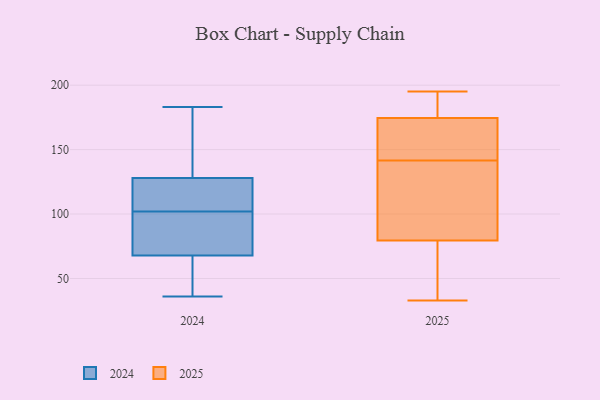
{"axis": {"x": "Demand Index", "y": "Value"}, "legend": ["2024", "2025"], "data": [{"x": "", "y": 66, "type": "2024"}, {"x": "", "y": 80, "type": "2024"}, {"x": "", "y": 183, "type": "2024"}, {"x": "", "y": 125, "type": "2024"}, {"x": "", "y": 43, "type": "2024"}, {"x": "", "y": 56, "type": "2024"}, {"x": "", "y": 129, "type": "2024"}, {"x": "", "y": 102, "type": "2024"}, {"x": "", "y": 122, "type": "2024"}, {"x": "", "y": 149, "type": "2024"}, {"x": "", "y": 182, "type": "2024"}, {"x": "", "y": 36, "type": "2024"}, {"x": "", "y": 73, "type": "2024"}, {"x": "", "y": 103, "type": "2024"}, {"x": "", "y": 76, "type": "2024"}, {"x": "", "y": 140, "type": "2025"}, {"x": "", "y": 122, "type": "2025"}, {"x": "", "y": 185, "type": "2025"}, {"x": "", "y": 184, "type": "2025"}, {"x": "", "y": 195, "type": "2025"}, {"x": "", "y": 47, "type": "2025"}, {"x": "", "y": 158, "type": "2025"}, {"x": "", "y": 40, "type": "2025"}, {"x": "", "y": 165, "type": "2025"}, {"x": "", "y": 143, "type": "2025"}, {"x": "", "y": 112, "type": "2025"}, {"x": "", "y": 33, "type": "2025"}]}